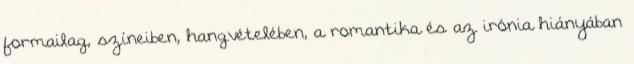
formailag, színeiben, hangvételében, a romantika és az irónia hiányában